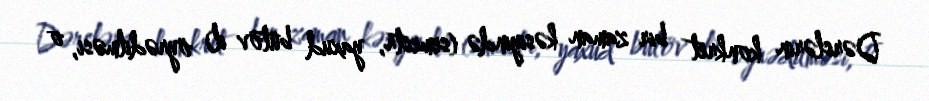
Dərslərin konkret bir zaman kəsiyində (semestr, yaxud bütöv il) öyrədilməsi, o